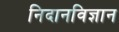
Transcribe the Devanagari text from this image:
निदानविज्ञान